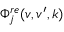
\Phi _ { j } ^ { r e } ( v , v ^ { \prime } , k )